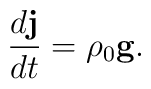
\frac{d{\bf j}}{dt}=\rho _0{\bf g.}